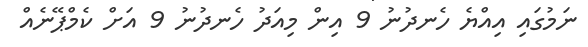
ނަމުގައި އިއްޔެ ހެނދުނު 9 އިން މިއަދު ހެނދުނު 9 އަށް ކެމްޕޭނެއް